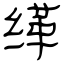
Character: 缂